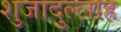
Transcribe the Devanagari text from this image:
शुजादुल्लाह